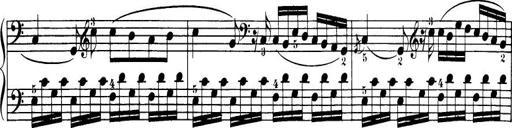
Title: 32 Sonatinas and Rondos for the Piano
Composer: Richard Kleinmichel